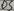
Text: D4